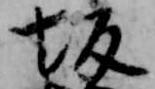
坂